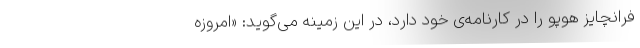
فرانچایز هوپو را در کارنامه‌ی خود دارد، در این زمینه می‌گوید: «امروزه